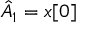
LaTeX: { \hat { A } } _ { 1 } = x [ 0 ]